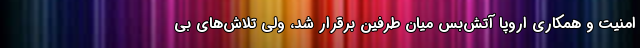
امنیت و همکاری اروپا آتش‌بس میان طرفین برقرار شد، ولی تلاش‌های بی